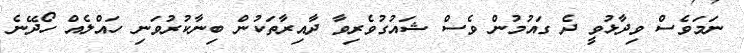
ނަމަވެސް ވިދާޅުވީ ދެ ގައުމުން ވެސް ޝަައުގުވެރިވާ ދާއިރާތަކުން ބިނާކުރުވަނި ހައްލެއް ހޯދޭނެ